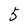
Character: 5